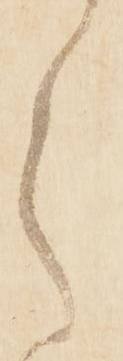
ら